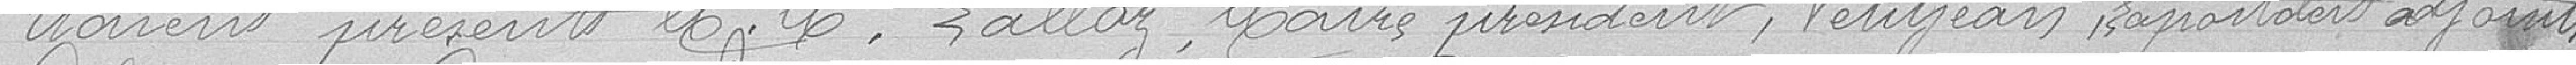
Etaient présents Messieurs Dalloz, Maire président, Petitjean Lapostolest adjoints